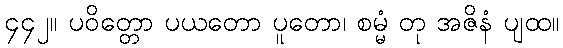
၄၄၂။ ပဝိတ္တော ပယတော ပူတော၊ စမ္မံ တု အဇိနံ ပျထ။